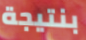
بنتيجة